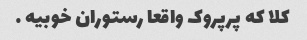
کلا که پرپروک واقعا رستوران خوبیه …